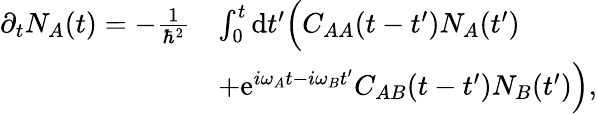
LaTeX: \begin{array}{rl}{\partial_{t}N_{A}(t)=-\frac{1}{\hbar^{2}}}&{\int_{0}^{t}\mathrm{d}t^{\prime}\Big(C_{AA}(t-t^{\prime})N_{A}(t^{\prime})}\\ &{+\mathrm{e}^{i\omega_{A}t-i\omega_{B}t^{\prime}}C_{AB}(t-t^{\prime})N_{B}(t^{\prime})\Big),}\end{array}